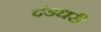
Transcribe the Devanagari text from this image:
दंडधरी